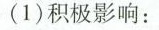
(1)积极影响：